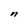
Character: n